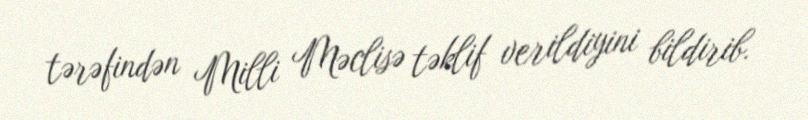
tərəfindən Milli Məclisə təklif verildiyini bildirib.